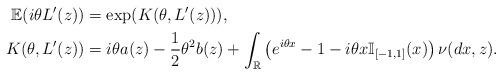
LaTeX: \begin{align*} \mathbb{E}(i \theta L'(z )) &= \exp(K(\theta, L'(z))),\\K(\theta, L'(z)) & = i \theta a(z) - \frac{1}{2}\theta^2 b(z) + \int_{\mathbb{R}}\left(e^{i\theta x}-1-i\theta x \mathbb{I}_{[-1,1]}(x)\right) \nu(dx, z).\end{align*}